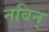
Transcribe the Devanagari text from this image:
नविन्